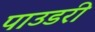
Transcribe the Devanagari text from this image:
पाउडरी